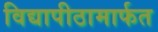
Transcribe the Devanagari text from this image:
विद्यापीठामार्फत